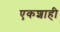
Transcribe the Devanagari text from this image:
एकशाही